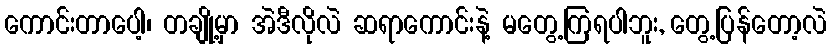
ကောင်းတာပေါ့၊ တချို့မှာ အဲဒီလိုလဲ ဆရာကောင်းနဲ့ မတွေ့ကြရပါဘူး, တွေ့ပြန်တော့လဲ